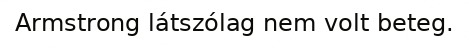
Armstrong látszólag nem volt beteg.